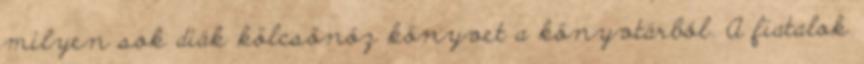
milyen sok diák kölcsönöz könyvet a könyvtárból. A fiatalok